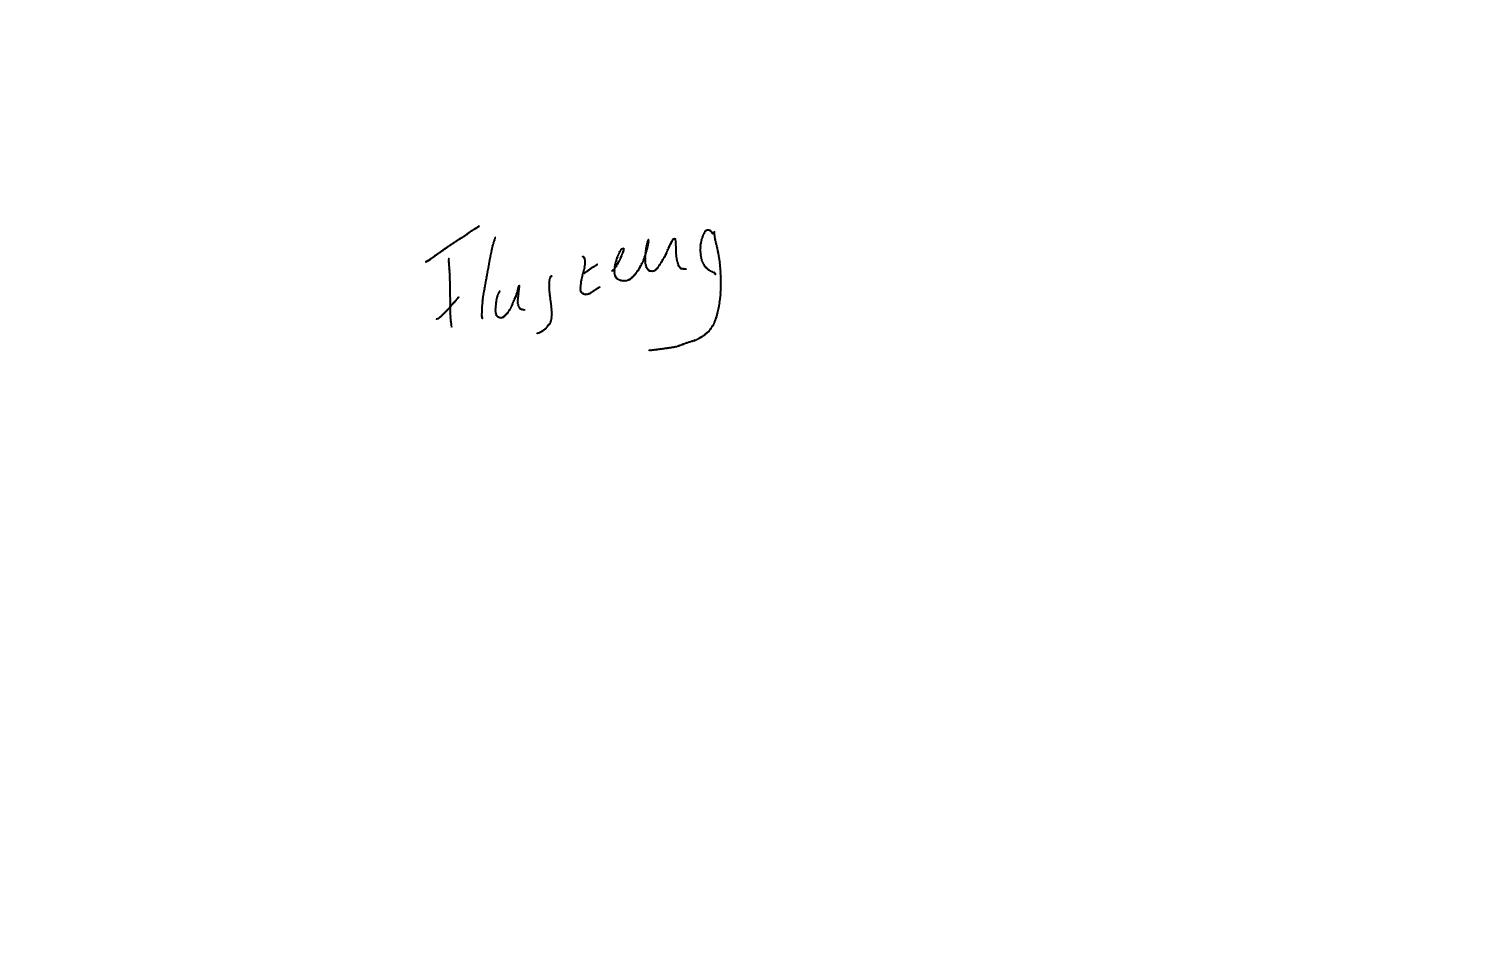
Text: Flugzeug